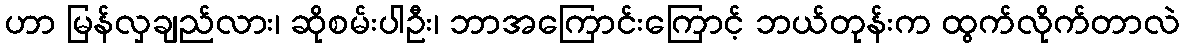
ဟာ မြန်လှချည်လား၊ ဆိုစမ်းပါဦး၊ ဘာအကြောင်းကြောင့် ဘယ်တုန်းက ထွက်လိုက်တာလဲ